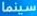
سينما